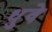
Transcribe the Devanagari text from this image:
धुवे